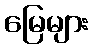
မြေများ